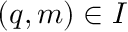
( q , m ) \in I